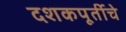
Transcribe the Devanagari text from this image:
दशकपूर्तीचे